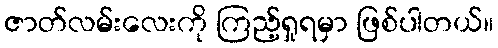
ဇာတ်လမ်းလေးကို ကြည့်ရှုရမှာ ဖြစ်ပါတယ်။